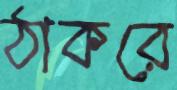
ঠাকরে